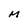
Character: M